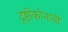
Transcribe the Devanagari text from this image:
दृष्टीकोनाची